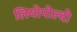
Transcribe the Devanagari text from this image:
लियोपोल्दो